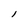
Character: l